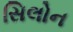
સિલોન